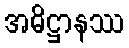
အဓိဋ္ဌာနဿ